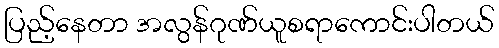
ပြည့်နေတာ အလွန်ဂုဏ်ယူစရာကောင်းပါတယ်